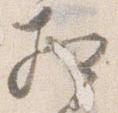
相